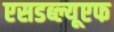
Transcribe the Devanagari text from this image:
एसडब्ल्यूएफ